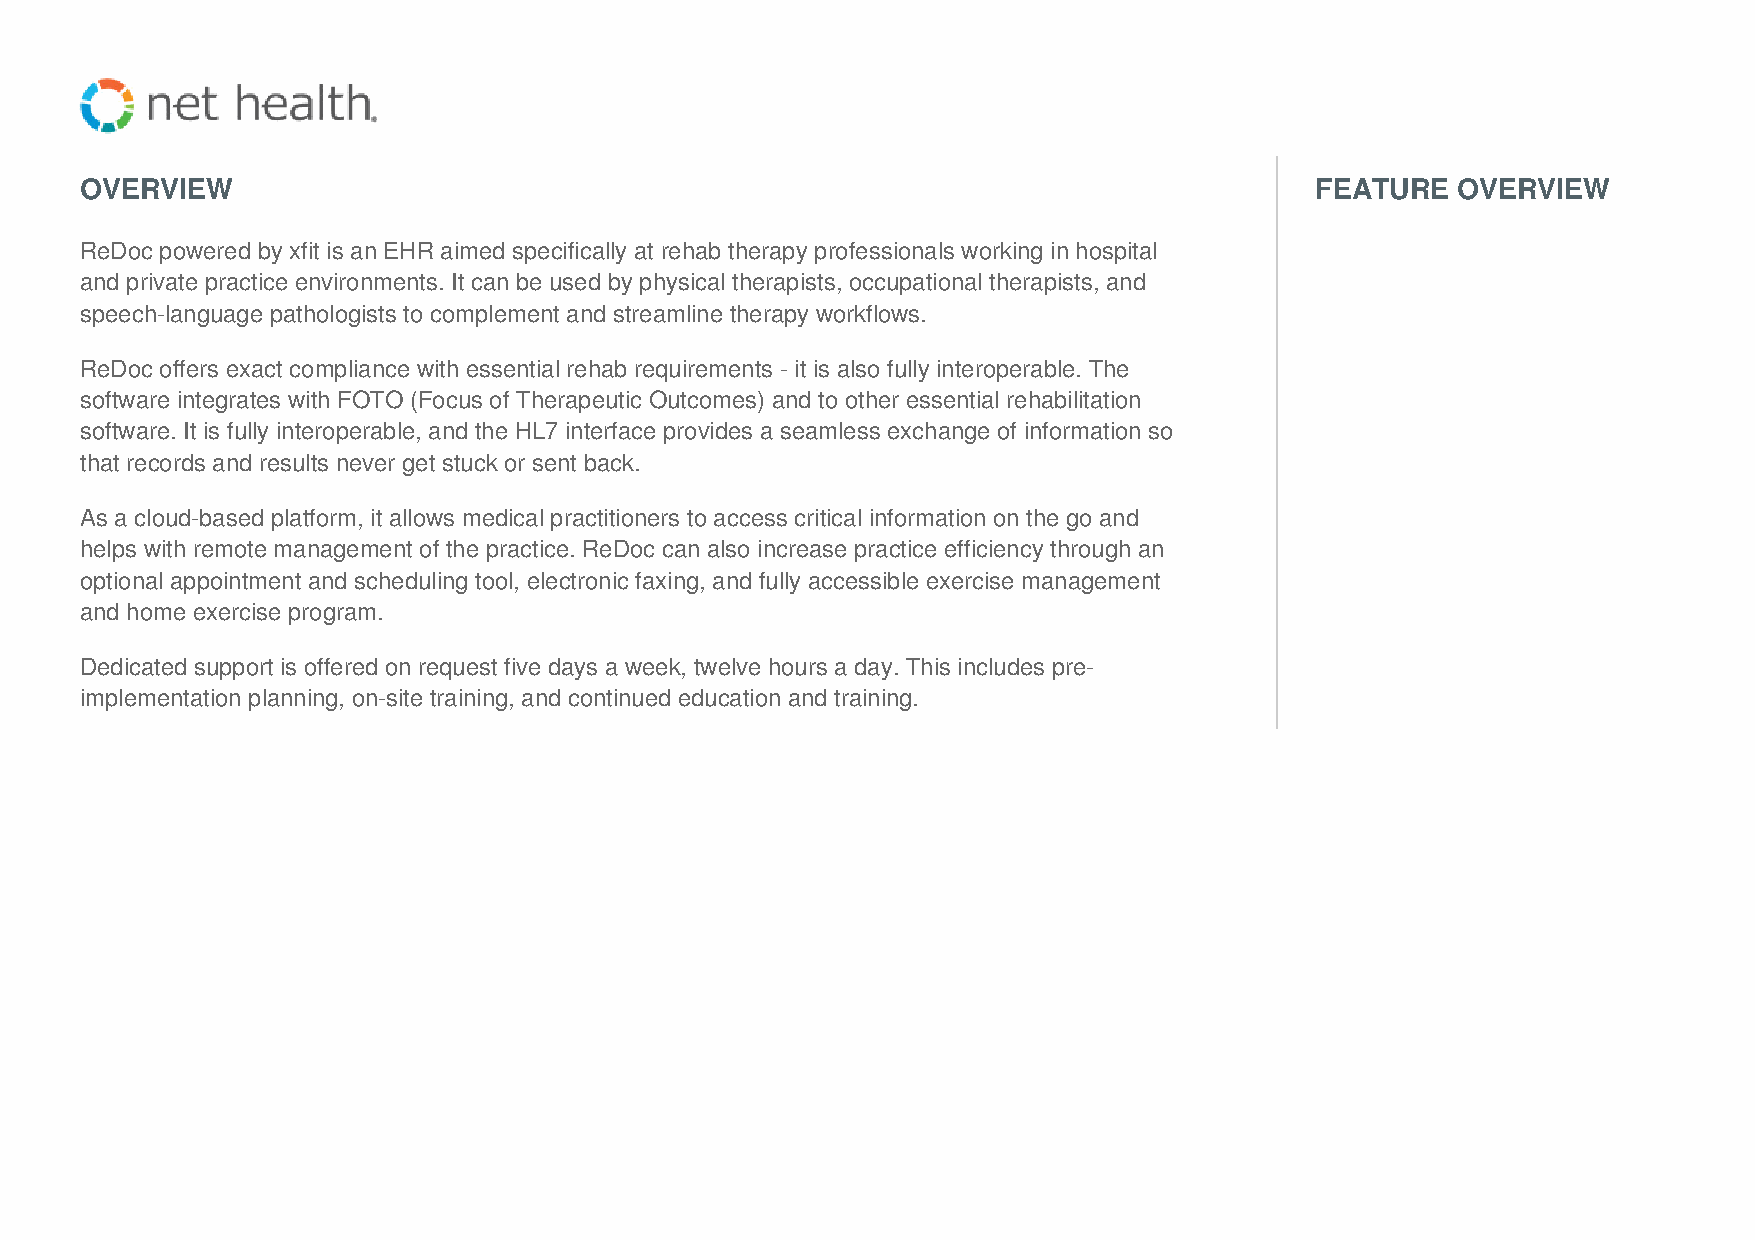
OVERVIEW                                                                          FEATURE  OVERVIEW
 ReDoc powered by xfit is an EHR aimed specifically at rehab therapy professionals working in hospital
 and private practice environments. It can be used by physical therapists, occupational therapists, and
 speech-language pathologists to complement and streamline therapy workflows.
 ReDoc offers exact compliance with essential rehab requirements - it is also fully interoperable. The
 software integrates with FOTO (Focus of Therapeutic Outcomes) and to other essential rehabilitation
 software. It is fully interoperable, and the HL7 interface provides a seamless exchange of information so
 that records and results never get stuck or sent back.
 As a cloud-based platform, it allows medical practitioners to access critical information on the go and
 helps with remote management of the practice. ReDoc can also increase practice efficiency through an
 optional appointment and scheduling tool, electronic faxing, and fully accessible exercise management
 and home exercise program.
 Dedicated support is offered on request five days a week, twelve hours a day. This includes pre-
 implementation planning, on-site training, and continued education and training.